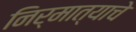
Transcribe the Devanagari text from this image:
निर्मात्याचे